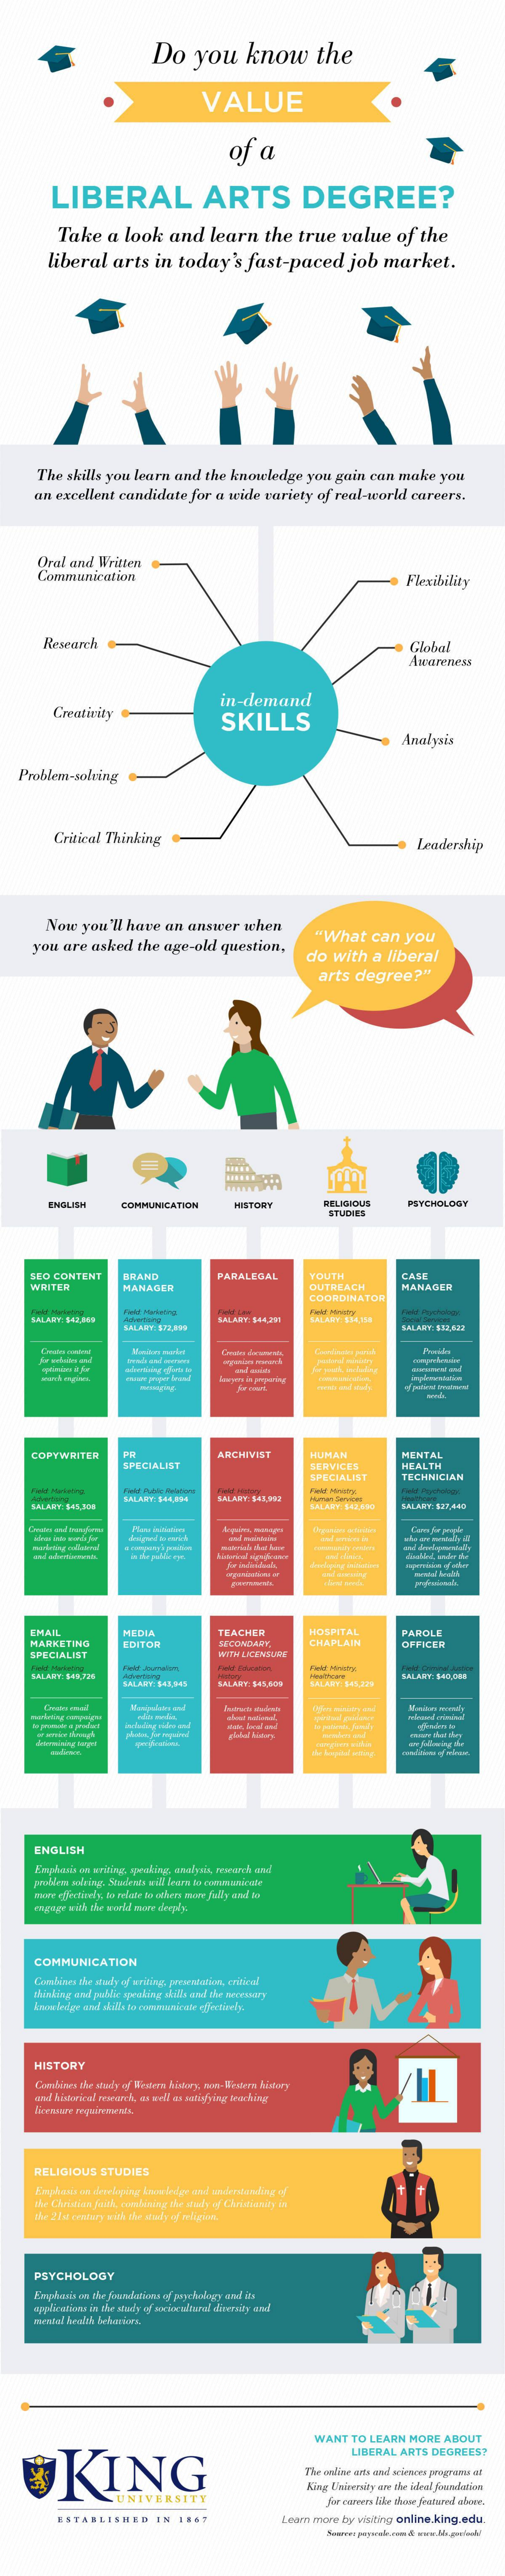
Do   you    know    the
     VALUE
     of  a
     LIBERAL    ARTS    DEGREE?
     Take  a  look and   learn the  true value  of the
     liberal arts  in today's fast-paced   job  market.
     The skills you learn and the knowledge you gain can make you
     an excellent candidate for a wide variety of real-world careers.
     Oral and Written
     Communication    Flexibility
     Research    Global
     Awareness
     Creativity
     in-demand
     SKILLS
     Analysis
  Problem-solcing
     Critical Thinking    Leadership
     Now you'll have an answer when
    you are asked the age-old question,
     "What  can you
     do with a liberal
     arts degree?"
     ENGLISH   COMMUNICATION HISTORY    RELIGIOUS
     STUDIES
     PSYCHOLOGY
    SEO CONTENT BRAND    PARALEGAL  YOUTH    CASE
    WRITER    MANAGER    OUTREACH    MANADER
     COORDINATOR
    SALARY: 142.869
     Fald Martalega
     SALARY: 172,496
     SALARY: 544,291 SALARY: $34356
     SALARY:$32,622
    COPYWRITER
     SPECIALIST
     ARCHIVIST   HUMAN    MENTAL
     SERVICES    HEALTH
     SPECIALIST  TECHNICIAN
    KALKEY. 143,328
     SALARY: 444.054
     SALARY 643 ARG SALARY: 321,440
    EMAIL    MEDIA    TEACHER    HOSPITAL   PAROLE
    MARKETING   EDITOR    SECONDARY, CHAPLAIN
    SPECIALIST    WITH LICENSLYM
     Funkt Journalon,
     SALANT: 545,940 SALARY: 545665 SALARY: 145 ,329
     LALAINF WADDEN
     ENGLISH
     Emphasis au writing, speaking, analysis, rovarch uwd'
     mange minh the word more degs'y.
    COMMUNICATION
    Combines the stady of meiling, presentation, critical
     sisting and pallie gesting skills and ne teresary
    HISTORY
     Cabines the study of Western history, som- Western history
     and historical research, as well as serugying Anaching
    RELIGIOUS STUDIES
     Emphasis on developing Asowiede and aunderstanding of
     the Christian faith, combining the study of Chnimasity in
     The 21st century with the shaly of meligise.
    PSYCHOLOGY
     Emphasis on the foundations of paychology and its
     applicalass is the stasy of seiownust diversity and
     WANT TO LEARN MORE ABOUT
     KING
     LIBERAL ARTS DEGREES?
     The online arts and ariesce programu at
     King University are the ideal foundation
     far careers like those features abare.
     ESTABLISHED  IN 1867    Learn more by visiting online.king.edu